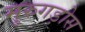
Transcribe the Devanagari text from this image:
मुरुगड़ोस